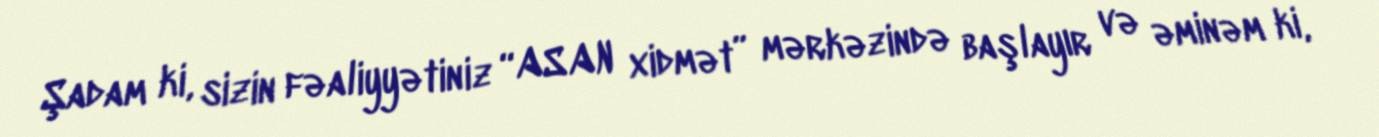
Şadam ki, sizin fəaliyyətiniz “ASAN xidmət” mərkəzində başlayır və əminəm ki,